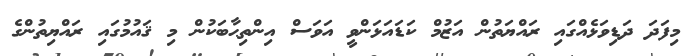
މިފަދަ ދަޑިވަޅެއްގައި ރައްޔަތުން އަޒުމް ކަޑައަޅަންވީ އަވަސް އިންތިޙާބަކުން މި ޤައުމުގައި ރައްޔިތުންގެ